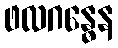
ဖလဂန္ဓေန